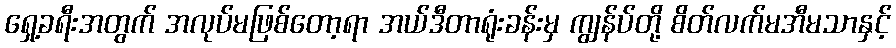
ရှေ့ခရီးအတွက် အလုပ်မဖြစ်တော့ရာ အယ်ဒီတာရုံးခန်းမှ ကျွန်ပ်တို့ စိတ်လက်မအီမသာနှင့်